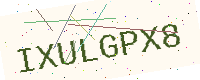
Text: IXULGPX8